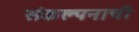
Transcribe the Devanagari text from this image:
संकल्पनाची